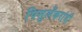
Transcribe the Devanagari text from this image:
पिसुर्लेकरांनी